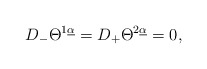
\begin{align*}{D}_-\Theta^{1\underline\alpha}={D}_+\Theta^{2\underline\alpha}=0,\end{align*}